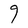
Character: g